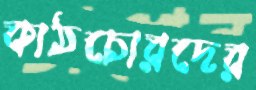
কাঠচোরদের